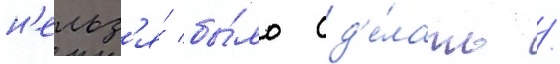
н'ельз'я́ бы́ло сд'е́лать /